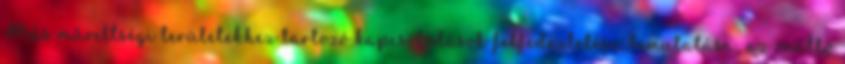
Más műveltségi területekhez tartozó kapcsolódások felfedeztetése, bemutatása, az önálló